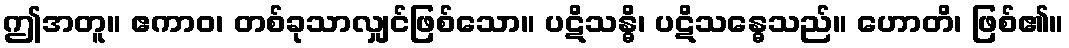
ဤအတူ။ ဧကာဝ၊ တစ်ခုသာလျှင်ဖြစ်သော။ ပဋိသန္ဓိ၊ ပဋိသန္ဓေသည်။ ဟောတိ၊ ဖြစ်၏။